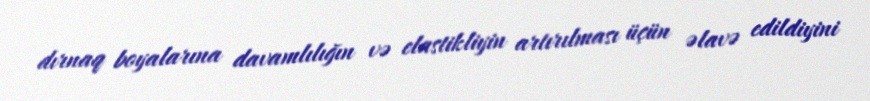
dırnaq boyalarına davamlılığın və elastikliyin artırılması üçün əlavə edildiyini